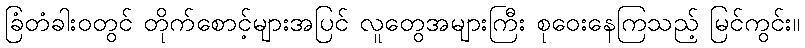
ခြံတံခါးဝတွင် တိုက်စောင့်များအပြင် လူတွေအများကြီး စုဝေးနေကြသည့် မြင်ကွင်း။